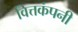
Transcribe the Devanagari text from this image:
वित्तकंपनी